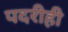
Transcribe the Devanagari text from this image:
पदरीही